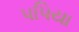
પપિયા